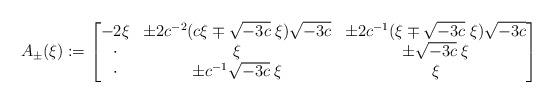
LaTeX: \begin{align*}A_\pm(\xi) := \left[ \begin{matrix}-2\xi & \pm 2c^{-2} (c\xi \mp \sqrt{-3c} \;\xi) \sqrt{-3c} & \pm 2c^{-1} (\xi \mp \sqrt{-3c} \;\xi) \sqrt{-3c} \\\cdot & \xi & \pm \sqrt{-3c} \;\xi \\\cdot & \pm c^{-1} \sqrt{-3c} \;\xi & \xi\end{matrix} \right] \end{align*}